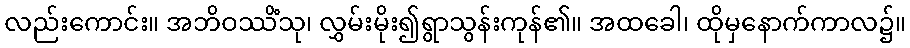
လည်းကောင်း။ အဘိဝဿိံသု၊ လွှမ်းမိုး၍ရွာသွန်းကုန်၏။ အထခေါ၊ ထိုမှနောက်ကာလ၌။